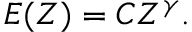
\begin{array} { r } { E ( Z ) = C Z ^ { \gamma } . } \end{array}